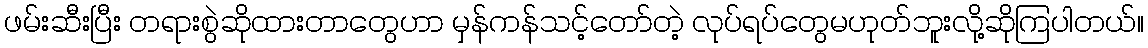
ဖမ်းဆီးပြီး တရားစွဲဆိုထားတာတွေဟာ မှန်ကန်သင့်တော်တဲ့ လုပ်ရပ်တွေမဟုတ်ဘူးလို့ဆိုကြပါတယ်။